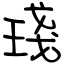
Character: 琖